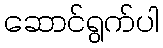
ဆောင်ရွက်ပါ